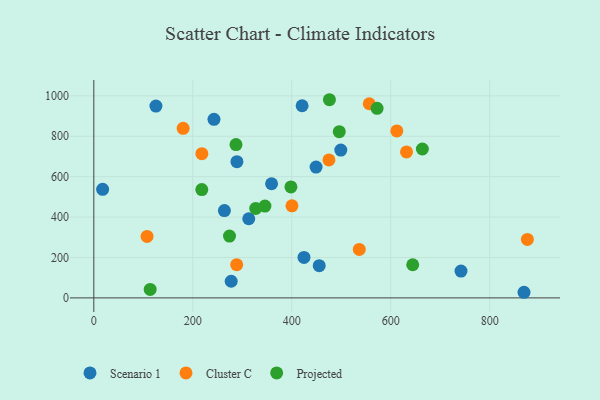
{"axis": {"x": "Price", "y": "Demand"}, "legend": ["Cluster C", "Projected", "Scenario 1"], "data": [{"x": "263.9", "y": 432.3, "type": "Scenario 1"}, {"x": "742.0", "y": 132.8, "type": "Scenario 1"}, {"x": "242.8", "y": 883.9, "type": "Scenario 1"}, {"x": "455.5", "y": 159.4, "type": "Scenario 1"}, {"x": "424.7", "y": 200.1, "type": "Scenario 1"}, {"x": "125.5", "y": 949.2, "type": "Scenario 1"}, {"x": "17.8", "y": 537.5, "type": "Scenario 1"}, {"x": "420.9", "y": 951.0, "type": "Scenario 1"}, {"x": "449.1", "y": 647.6, "type": "Scenario 1"}, {"x": "499.1", "y": 731.5, "type": "Scenario 1"}, {"x": "869.3", "y": 27.8, "type": "Scenario 1"}, {"x": "313.1", "y": 391.7, "type": "Scenario 1"}, {"x": "277.6", "y": 82.4, "type": "Scenario 1"}, {"x": "289.2", "y": 674.3, "type": "Scenario 1"}, {"x": "359.2", "y": 565.0, "type": "Scenario 1"}, {"x": "556.6", "y": 960.9, "type": "Cluster C"}, {"x": "536.4", "y": 239.9, "type": "Cluster C"}, {"x": "876.1", "y": 289.6, "type": "Cluster C"}, {"x": "612.3", "y": 826.2, "type": "Cluster C"}, {"x": "475.1", "y": 682.8, "type": "Cluster C"}, {"x": "180.5", "y": 839.2, "type": "Cluster C"}, {"x": "631.9", "y": 722.6, "type": "Cluster C"}, {"x": "288.7", "y": 164.2, "type": "Cluster C"}, {"x": "400.4", "y": 455.6, "type": "Cluster C"}, {"x": "218.3", "y": 713.6, "type": "Cluster C"}, {"x": "107.6", "y": 304.2, "type": "Cluster C"}, {"x": "113.9", "y": 42.0, "type": "Projected"}, {"x": "496.0", "y": 822.6, "type": "Projected"}, {"x": "476.1", "y": 980.8, "type": "Projected"}, {"x": "398.3", "y": 549.3, "type": "Projected"}, {"x": "274.2", "y": 306.2, "type": "Projected"}, {"x": "663.9", "y": 736.8, "type": "Projected"}, {"x": "218.2", "y": 536.2, "type": "Projected"}, {"x": "644.4", "y": 164.1, "type": "Projected"}, {"x": "345.8", "y": 454.4, "type": "Projected"}, {"x": "327.2", "y": 442.9, "type": "Projected"}, {"x": "287.3", "y": 758.9, "type": "Projected"}, {"x": "572.4", "y": 938.0, "type": "Projected"}]}